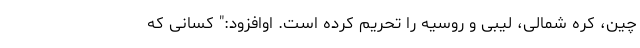
چین، کره شمالی، لیبی و روسیه را تحریم کرده است. اوافزود:" کسانی که